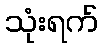
သုံးရက်